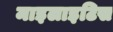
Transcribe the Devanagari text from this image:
माइलाइटिस